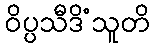
ဝိပ္ပသီဒိံသူတိ